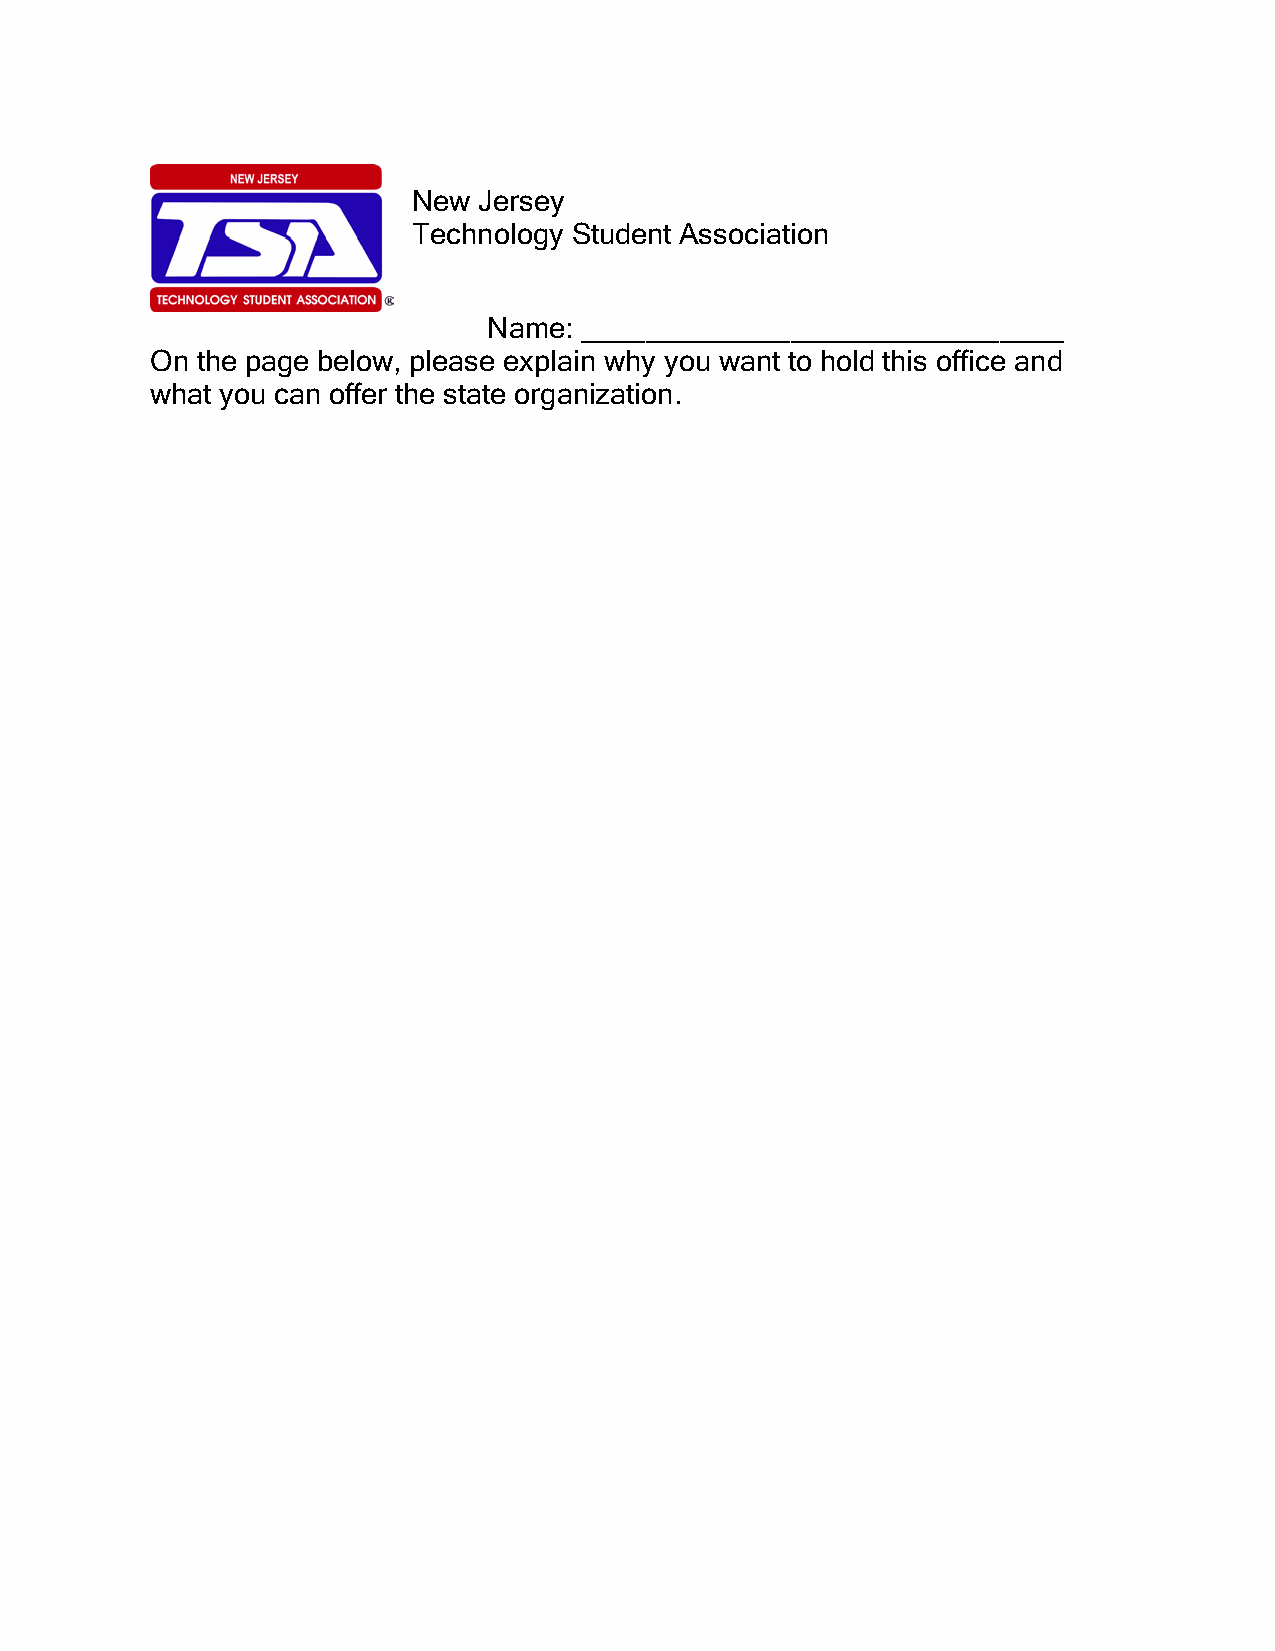
New  Jersey
 Technology Student Association
 Name: ______________________________
 On the page below, please explain why you want to hold this office and
 what you can offer the state organization.